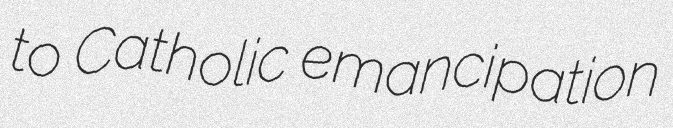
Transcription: to Catholic emancipation